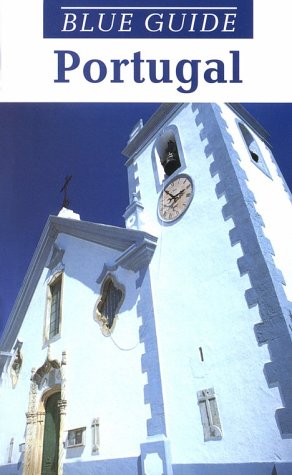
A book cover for Blue Guide Portugal (Fourth Edition)  (Blue Guides); Ian Robertson; Travel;